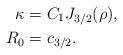
LaTeX: \begin{align*}\kappa&=C_1J_{3/2}(\rho),\\R_0&=c_{3/2}.\end{align*}